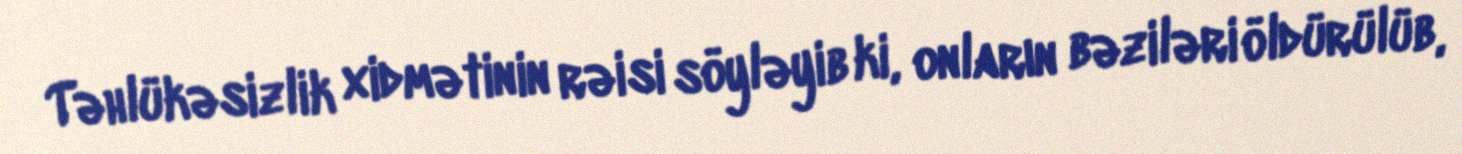
Təhlükəsizlik xidmətinin rəisi söyləyib ki, onların bəziləri öldürülüb,